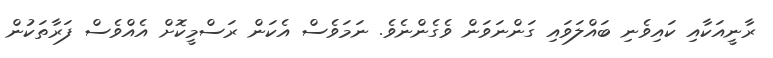
ރާނީއަކާއި ކައިވެނި ބައްލަވައި ގަންނަވަން ވެގެންނެވެ. ނަމަވެސް އެކަން ރަސްމީކޮށް އެއްވެސް ފަރާތަކުން